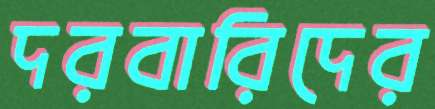
দরবারিদের